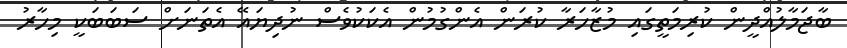
ބާޖަމާލުއްދީން ކުރިމަތީގައި މުޒާހަރާ ކުރަން އެންގުމުން އެކަކުވެސް ނުދިޔައޭ އެތަނަށް ސަބަބަކީ މިހާރު